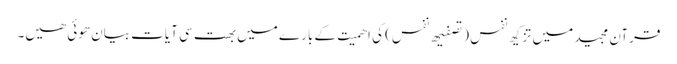
قرآن مجید میں تزکیھ نفس (تصفیھ نفس) کی اھمیت کے بارے میں بھت سی آیات بیان ھوئی ھیں۔